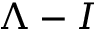
\Lambda - I